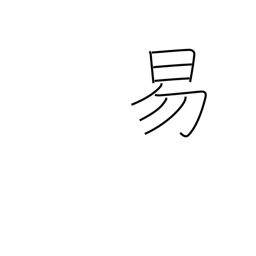
Meaning: easy